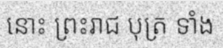
នោះ ព្រះរាជ បុត្រ ទាំង